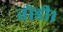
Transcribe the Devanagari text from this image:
तोडी।